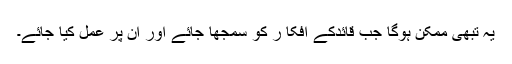
یہ تبھی ممکن ہوگا جب قائدکے افکا ر کو سمجھا جائے اور ان پر عمل کیا جائے۔